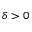
\delta > 0